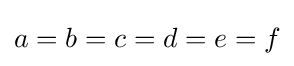
a=b=c=d=e=f